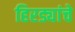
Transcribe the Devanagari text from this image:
हिरड्यांचे